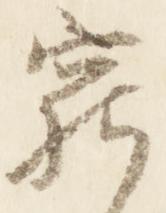
窮